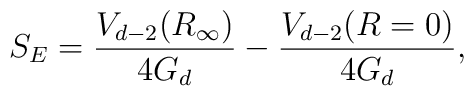
S_{E} = \frac{V_{d-2}(R_{\infty})}{4G_{d}} - \frac{V_{d-2}(R=0)}{4G_{d}},